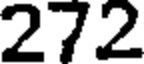
272